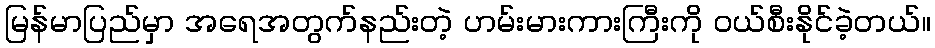
မြန်မာပြည်မှာ အရေအတွက်နည်းတဲ့ ဟမ်းမားကားကြီးကို ဝယ်စီးနိုင်ခဲ့တယ်။